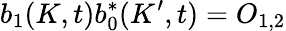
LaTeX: b_{1}(K,t)b_{0}^{\ast}(K^{\prime},t)=O_{1,2}